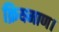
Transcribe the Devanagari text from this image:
क्रियमाण।